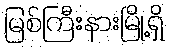
မြစ်ကြီးနားမြို့ရှိ